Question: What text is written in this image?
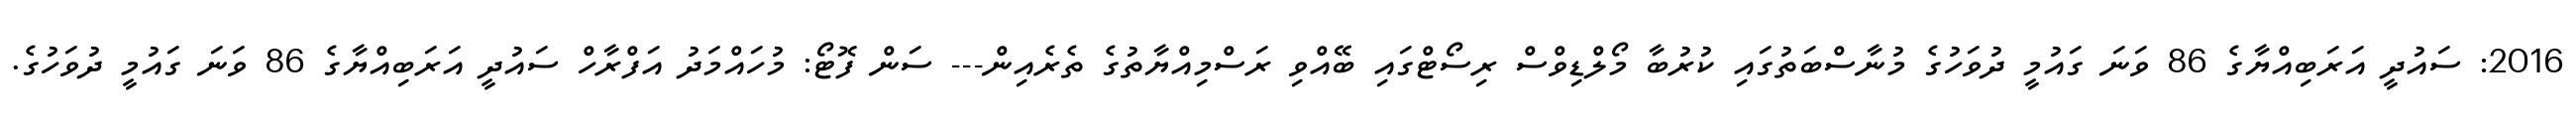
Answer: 2016: ސައުދީ އަރަބިއްޔާގެ 86 ވަނަ ގައުމީ ދުވަހުގެ މުނާސްބަތުގައި ކުރުބާ މޯލްޑިވްސް ރިސޯޓްގައި ބޭއްވި ރަސްމިއްޔާތުގެ ތެރެއިން--- ސަން ފޮޓޯ: މުހައްމަދު އަފްރާހް ސައުދީ އަރަބިއްޔާގެ 86 ވަނަ ގައުމީ ދުވަހުގެ.